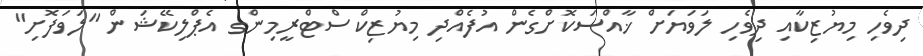
ދިވެހި މިޔުޒިކާއި ދިވެހި ލަވަޔަށް ޚާއްސަކޮށްގެން އުފެއްދި މިޔުޒިކް ސްޓްރީމިންގ އެޕްލިކޭޝަން "ލަވަފޮށި"